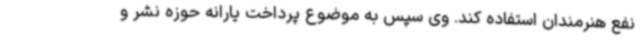
نفع هنرمندان استفاده کند. وی سپس به موضوع پرداخت یارانه حوزه نشر و